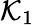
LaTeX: \mathcal{K}_{1}